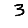
Digit: 3